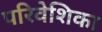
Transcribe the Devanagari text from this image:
परिवेशिका